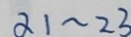
\alpha 1 \sim 2 3